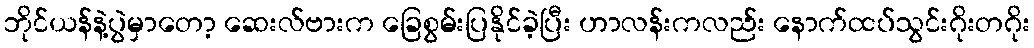
ဘိုင်ယန်နဲ့ပွဲမှာတော့ ဆေးလ်ဗားက ခြေစွမ်းပြနိုင်ခဲ့ပြီး ဟာလန်းကလည်း နောက်ထပ်သွင်းဂိုးတဂိုး